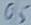
Text: Q5